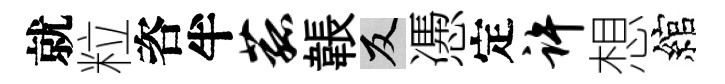
就粒咨半菰韔反慿定许想綰